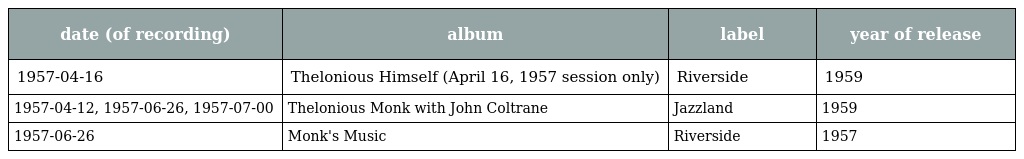
| date (of recording) | album | label | year of release |
 | --- | --- | --- | --- |
 | 1957-04-16 | Thelonious Himself (April 16, 1957 session only) | Riverside | 1959 |
 | 1957-04-12, 1957-06-26, 1957-07-00 | Thelonious Monk with John Coltrane | Jazzland | 1959 |
 | 1957-06-26 | Monk's Music | Riverside | 1957 |